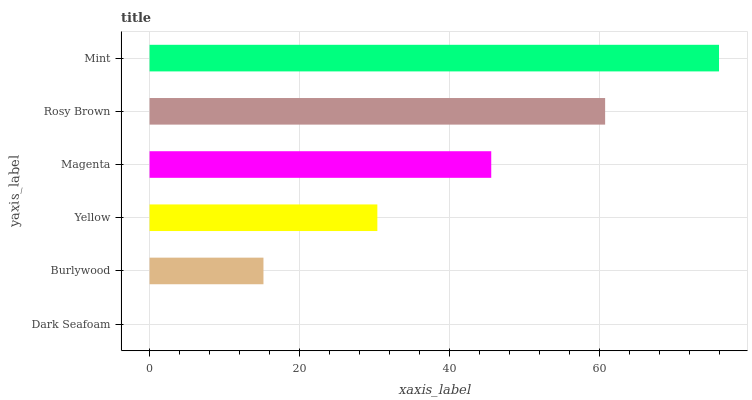
| yaxis_label | bars |
 | --- | --- |
 | Dark Seafoam | 0 |
 | Burlywood | 15.2 |
 | Yellow | 30.4 |
 | Magenta | 45.6 |
 | Rosy Brown | 60.8 |
 | Mint | 76 |